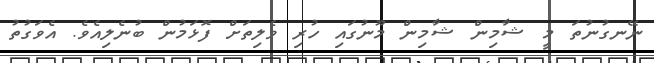
ނޭނގުނުތަ މީ ޝާމިން ޝާމިން މޫނުގައި ހުރި ވެލިތަށް ފޮޅަމުން ބުނެލިއެވެ. އެވަގުތު